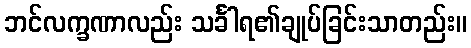
ဘင်လက္ခဏာလည်း သင်္ခါရ၏ချုပ်ခြင်းသာတည်း။